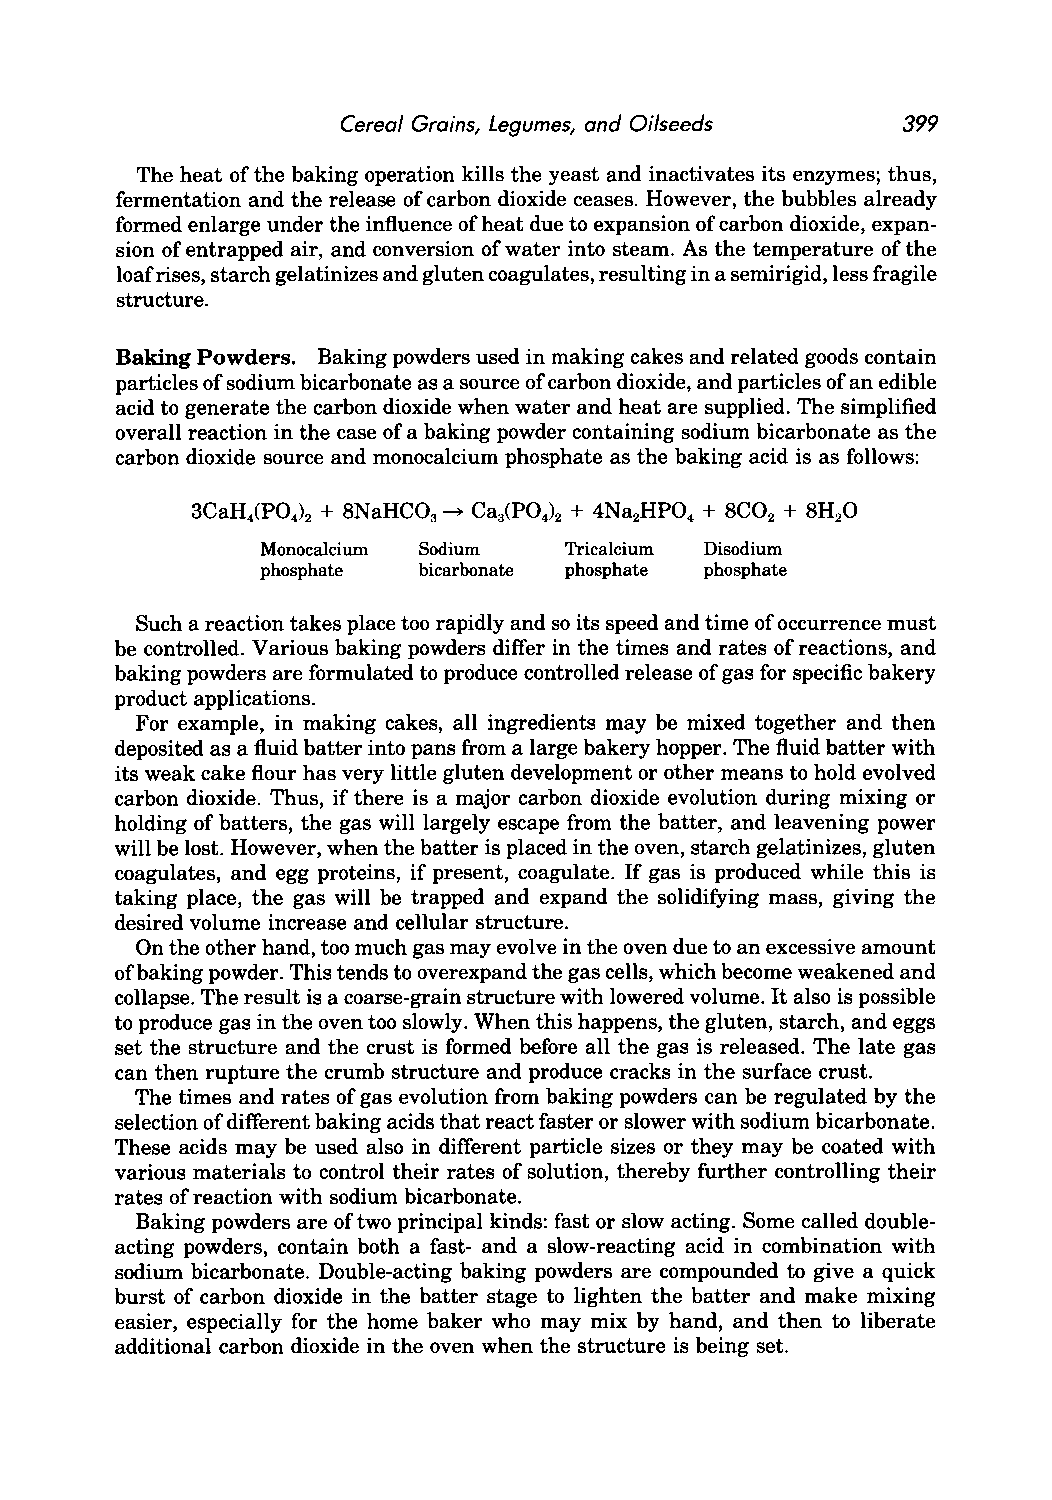
Cereal Grains, Legumes, and Oilseeds 399
 The heat of the baking operation kills the yeast and inactivates its enzymes; thus,
 fermentation and the release of carbon dioxide ceases. However, the bubbles already
 formed enlarge under the influence of heat due to expansion of carbon dioxide, expan
 sion of entrapped air, and conversion of water into steam. As the temperature of the
 loaf rises, starch gelatinizes and gluten coagulates, resulting in a semirigid, less fragile
 structure.
 Baking Powders. Baking powders used in making cakes and related goods contain
 particles of sodium bicarbonate as a source of carbon dioxide, and particles of an edible
 acid to generate the carbon dioxide when water and heat are supplied. The simplified
 overall reaction in the case of a baking powder containing sodium bicarbonate as the
 carbon dioxide source and monocalcium phosphate as the baking acid is as follows:
 Monocalcium Sodium  Tricalcium Disodium
 phosphate  bicarbonate phosphate phosphate
 Such a reaction takes place too rapidly and so its speed and time of occurrence must
 be controlled. Various baking powders differ in the times and rates of reactions, and
 baking powders are formulated to produce controlled release of gas for specific bakery
 product applications.
 For example, in making cakes, all ingredients may be mixed together and then
 deposited as a fluid batter into pans from a large bakery hopper. The fluid batter with
 its weak cake flour has very little gluten development or other means to hold evolved
 carbon dioxide. Thus, if there is a major carbon dioxide evolution during mixing or
 holding of batters, the gas will largely escape from the batter, and leavening power
 will be lost. However, when the batter is placed in the oven, starch gelatinizes, gluten
 coagulates, and egg proteins, if present, coagulate. If gas is produced while this is
 taking place, the gas will be trapped and expand the solidifying mass, giving the
 desired volume increase and cellular structure.
 On the other hand, too much gas may evolve in the oven due to an excessive amount
 of baking powder. This tends to overexpand the gas cells, which become weakened and
 collapse. The result is a coarse-grain structure with lowered volume. It also is possible
 to produce gas in the oven too slowly. When this happens, the gluten, starch, and eggs
 set the structure and the crust is formed before all the gas is released. The late gas
 can then rupture the crumb structure and produce cracks in the surface crust.
 The times and rates of gas evolution from baking powders can be regulated by the
 selection of different baking acids that react faster or slower with sodium bicarbonate.
 These acids may be used also in different particle sizes or they may be coated with
 various materials to control their rates of solution, thereby further controlling their
 rates of reaction with sodium bicarbonate.
 Baking powders are of two principal kinds: fast or slow acting. Some called double
 acting powders, contain both a fast- and a slow-reacting acid in combination with
 sodium bicarbonate. Double-acting baking powders are compounded to give a quick
 burst of carbon dioxide in the batter stage to lighten the batter and make mixing
 easier, especially for the home baker who may mix by hand, and then to liberate
 additional carbon dioxide in the oven when the structure is being set.